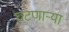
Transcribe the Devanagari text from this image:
घटणाऱ्या